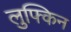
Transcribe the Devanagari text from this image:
लुफ्किन